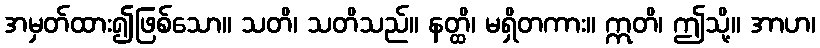
အမှတ်ထား၍ဖြစ်သော။ သတိ၊ သတိသည်။ နတ္ထိ၊ မရှိတကား။ ဣတိ၊ ဤသို့။ အာဟ၊